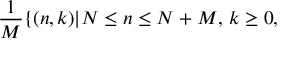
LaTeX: { \frac { 1 } { M } } \{ ( n , k ) | N \leq n \leq N + M , \, k \geq 0 ,